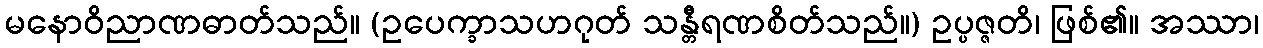
မနောဝိညာဏဓာတ်သည်။ (ဥပေက္ခာသဟဂုတ် သန္တီရဏစိတ်သည်။) ဥပ္ပဇ္ဇတိ၊ ဖြစ်၏။ အဿာ၊